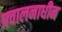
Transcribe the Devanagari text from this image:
प्रचालनाधीन